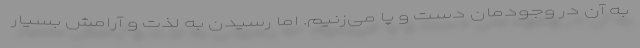
به آن در وجودمان دست و پا می‌زنیم. اما رسیدن به لذت و آرامش بسیار